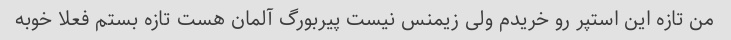
من تازه این استپر رو خریدم ولی زیمنس نیست پیربورگ آلمان هست تازه بستم فعلا خوبه